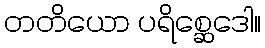
တတိယော ပရိစ္ဆေဒေါ။